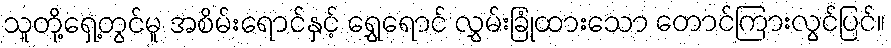
သူတို့ရှေ့တွင်မူ အစိမ်းရောင်နှင့် ရွှေရောင် လွှမ်းခြုံထားသော တောင်ကြားလွင်ပြင်။